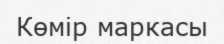
Көмір маркасы